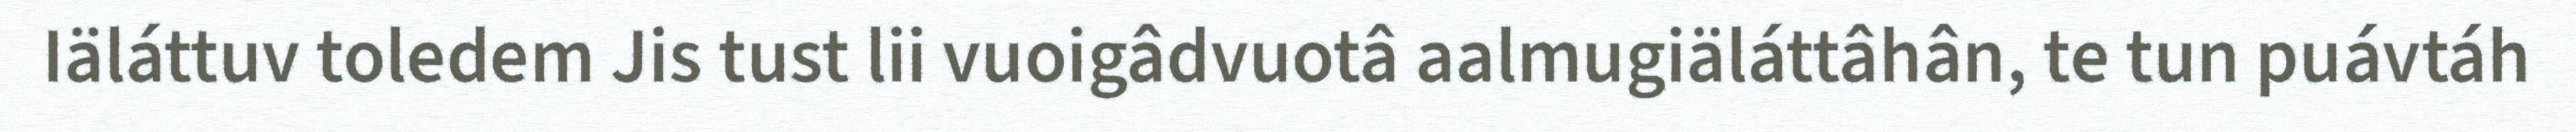
Iäláttuv toledem Jis tust lii vuoigâdvuotâ aalmugiäláttâhân, te tun puávtáh